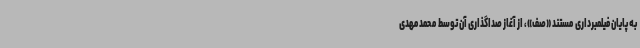
به پایان فیلمبرداری مستند «صف»، از آغاز صداگذاری آن توسط محمدمهدی